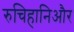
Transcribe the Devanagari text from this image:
रुचिहानिऔर